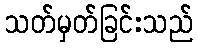
သတ်မှတ်ခြင်းသည်